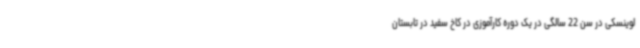
لوینسکی در سن 22 سالگی در یک دوره کارآموزی در کاخ سفید در تابستان